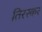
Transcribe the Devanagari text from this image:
तिरस्कर